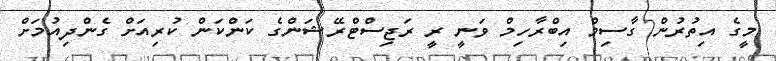
މީގެ އިތުރުން ގާސިމް އިބްރާހިމް ވަނީ ރީ ރަޖިސްޓްރޭޝަންގެ ކަންކަން ކުރިއަށް ގެންދިއުމަށް